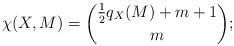
LaTeX: \begin{align*}\chi(X,M) = \binom{\frac12 q_X(M)+m+1}{ m} ;\end{align*}